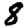
Digit: 8